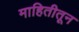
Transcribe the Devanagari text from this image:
माहितीतून